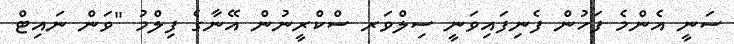
ސަނީ އެންމެ ފަހުން ފެނިފައިވަނީ ސިލްވަރ ސްކްރީނުން އޭނާގެ ފިލްމު "ވަން ނައިޓް